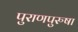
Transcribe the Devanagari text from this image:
पुराणपुरुषा